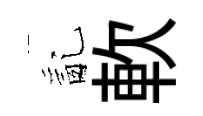
亂軟